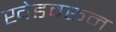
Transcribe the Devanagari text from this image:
खेडवरून